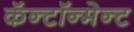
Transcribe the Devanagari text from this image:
कॅन्टॉन्मेन्ट